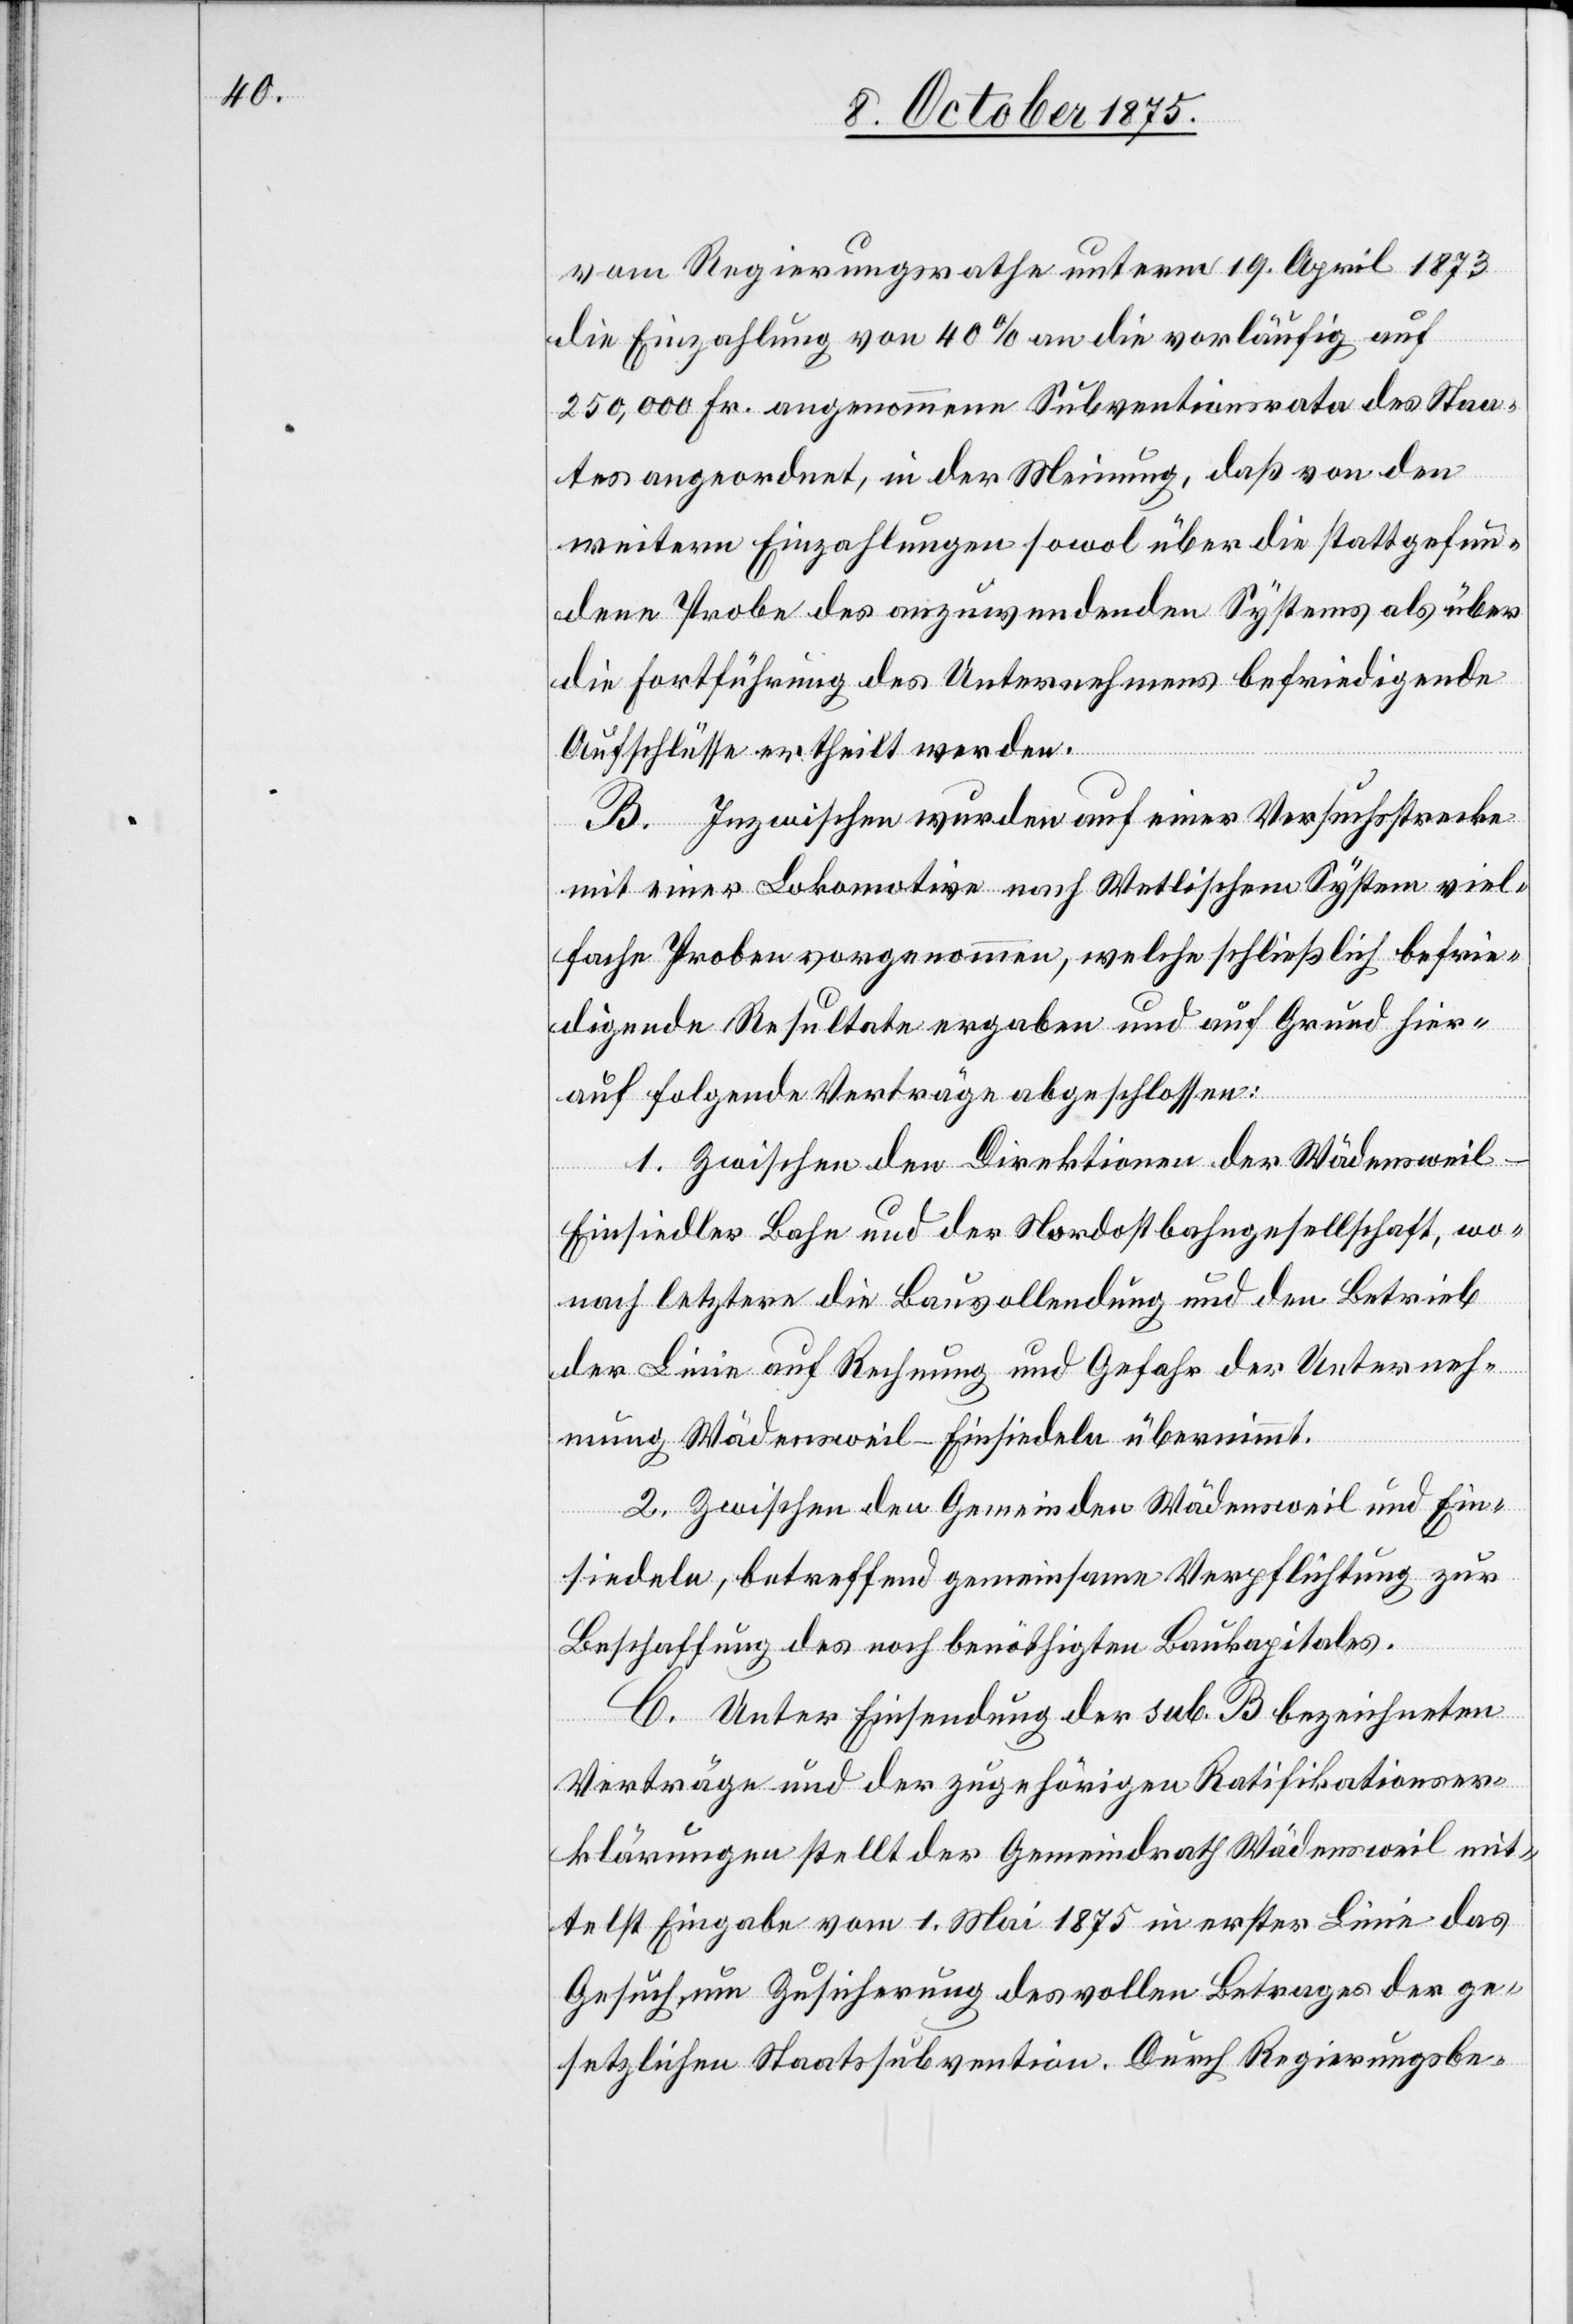
vom Regierungsrathe unterm 19. April 1873
die Einzahlung von 40% an die vorläufig auf
250,000 Fr. angenommene Subventionsrata des Staa¬
tes angeordnet, in der Meinung, daß von den
weitern Einzahlungen sowol über die stattgefun¬
dene Probe des anzuwendenden Systems als über
die Fortführung des Unternehmens befriedigende
Aufschlüsse ertheilt werden.
B. Inzwischen wurden auf einer Versuchsstrecke
mit einer Lokomotive nach Wetlischem System viel¬
fache Proben vorgenommen, welche schließlich befrie¬
digende Resultate ergaben und auf Grund hier¬
auf folgende Verträge abgeschlossen:
1. Zwischen den Direktionen der Wädensweil-E¬
insiedler[-]Bahn und der Nordostbahngesellschaft, wo¬
nach letztere die Bauvollendung und den Betrieb
der Linie auf Rechnung und Gefahr der Unterneh¬
mung Wädensweil–Einsiedeln übernimmt.
2. Zwischen den Gemeinden Wädensweil und Ein¬
siedeln, betreffend gemeinsame Verpflichtung zur
Beschaffung des noch benöthigten Baukapitals.
C. Unter Einsendung der sub. B bezeichneten
Verträge und der zugehörigen Ratifikationser¬
klärungen stellt der Gemeindrath Wädensweil mit¬
telst Eingabe vom 1. Mai 1875 in erster Linie das
Gesuch um Zusicherung des vollen Betrages der ge¬
setzlichen Staatssubvention. Durch Regierungsbe-